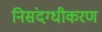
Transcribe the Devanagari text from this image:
निसंदग्धीकरण